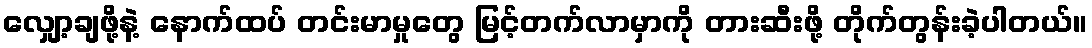
လျှော့ချဖို့နဲ့ နောက်ထပ် တင်းမာမှုတွေ မြင့်တက်လာမှာကို တားဆီးဖို့ တိုက်တွန်းခဲ့ပါတယ်။